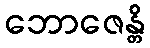
ဘောဇေန္တိ